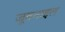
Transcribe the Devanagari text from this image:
जूवनाइल